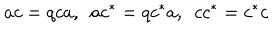
LaTeX: a c = q c a , ~ ~ a c ^ { * } = q c ^ { * } a , ~ ~ c c ^ { * } = c ^ { * } c